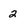
Character: 2